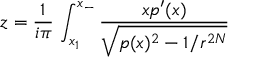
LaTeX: z = { \frac { 1 } { i \pi } } \, \int _ { x _ { 1 } } ^ { x _ { - } } { \frac { \displaystyle x p ^ { \prime } ( x ) } { \displaystyle \sqrt { p ( x ) ^ { 2 } - 1 / r ^ { 2 N } } } }